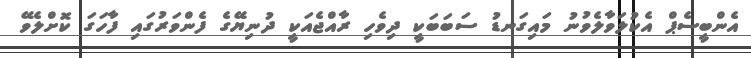
އެންބީސެޕް އެކުލަވާލެވުނު މައިގަނޑު ސަބަބަކީ ދިވެހި ރާއްޖެއަކީ ދުނިޔޭގެ ފެންވަރުގައި ފާހަގަ ކޮށްލެވޭ